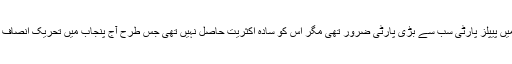
1970ء میں سندھ میں پیپلز پارٹی سب سے بڑی پارٹی ضرور تھی مگر اس کو سادہ اکثریت حاصل نہیں تھی جس طرح آج پنجاب میں تحریک انصاف کو حاصل نہیں ہے۔